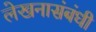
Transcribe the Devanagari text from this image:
लेखनासंबंधी